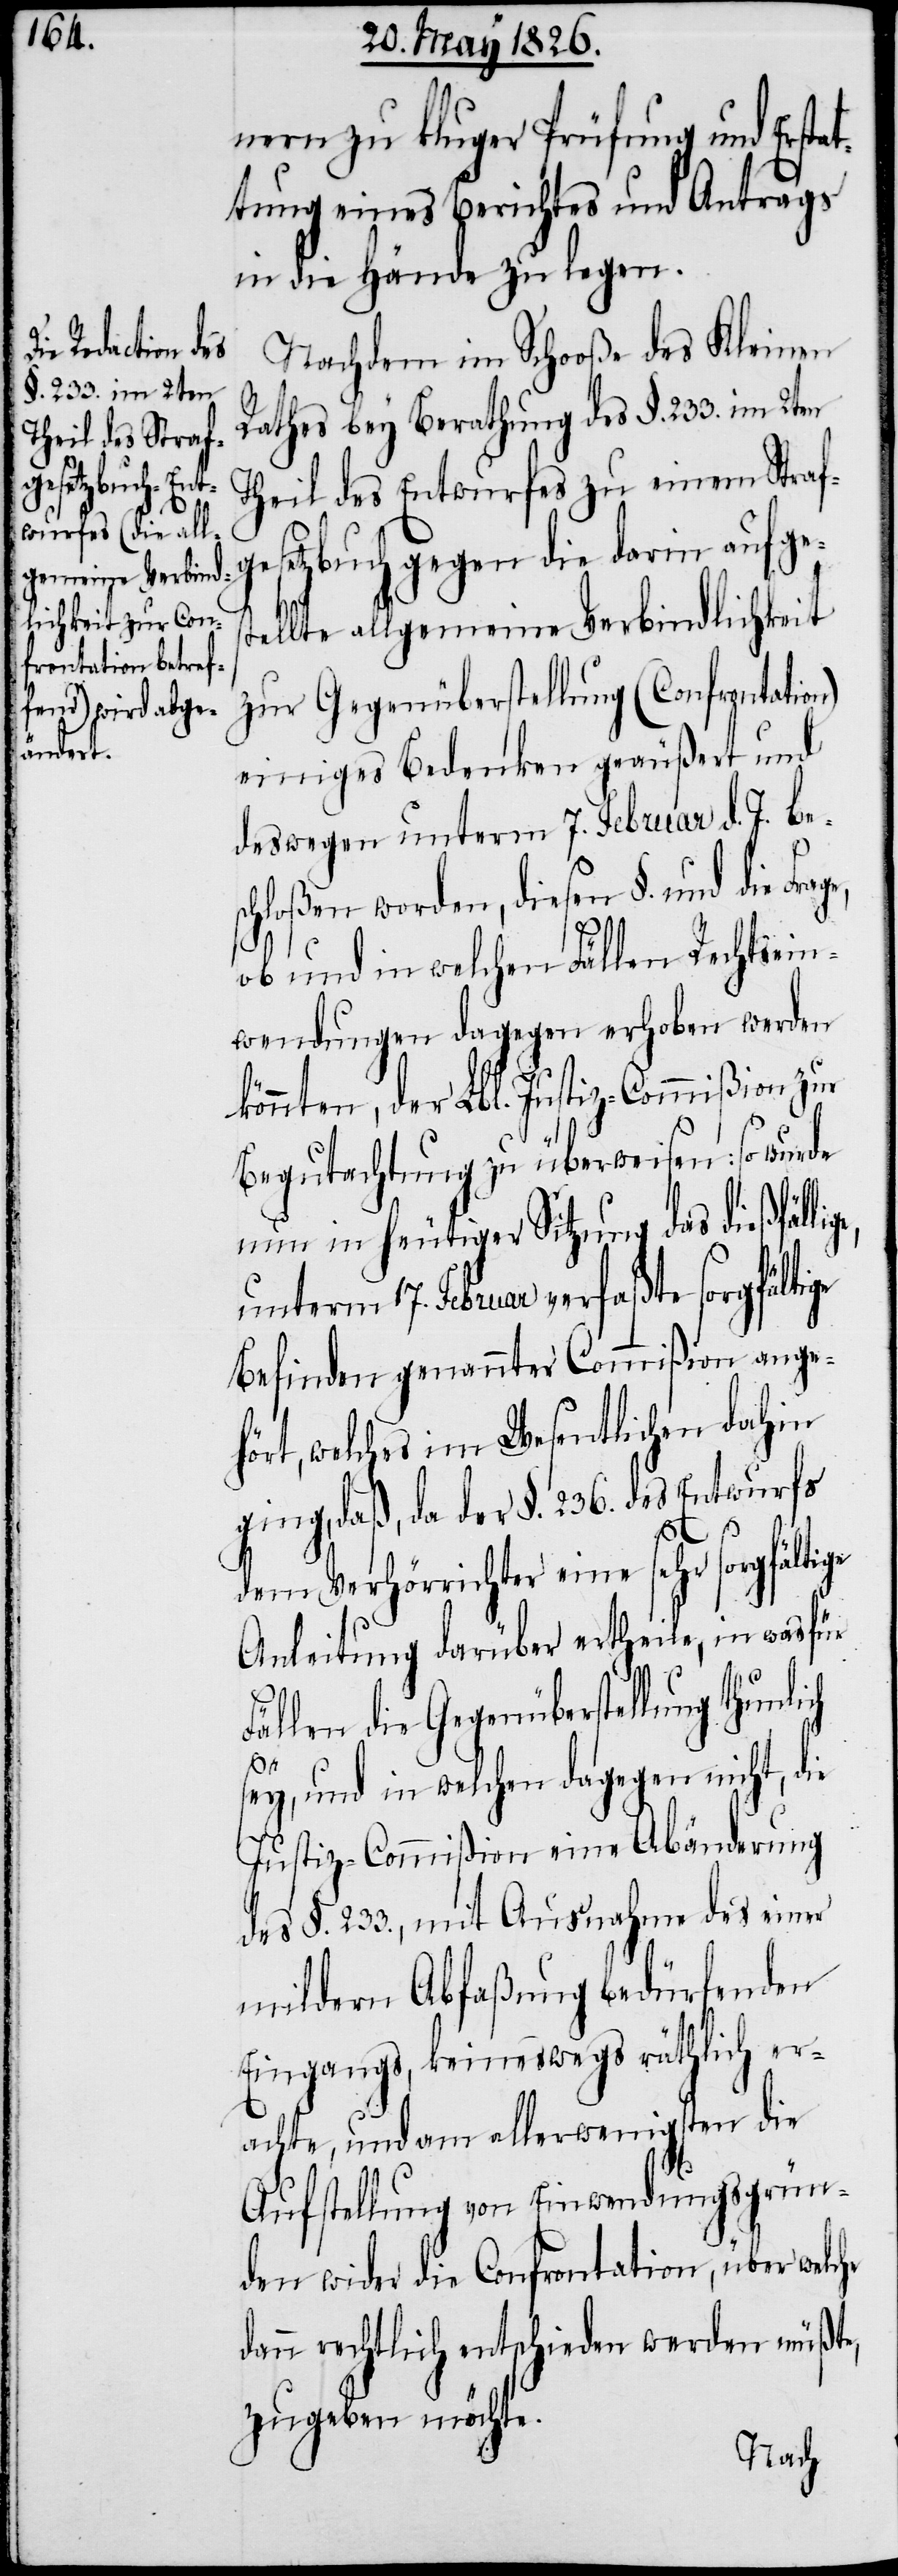
nern zu kluger Prüfung und Ersta¬
ttung eines Berichtes und Antrags
in die Hände zu legen.
Nachdem im Schooße des Kleinen
Rathes bey Berathung des §. 233. im 2ten
Theil des Entwurfes zu einem Straf¬
gesetzbuch gegen die darin aufges¬
tellte allgemeine Verbindlichkeit
zur Gegenüberstellung (Confrontation)
einiges Bedenken geäußert und
deswegen unterm 7. Februar d. J. bes¬
chloßen worden, diesen §. und die Fra¬
ge,
ob und in welchen Fällen Rechtsein¬
wendungen dagegen erhoben werden
könnten, der Lbl. Justiz-Commißion zur
Begutachtung zu überweisen: so wurde
nun in heutiger Sitzung das dießfälli¬
unterm 17. Februar verfaßte sorgfältige
Befinden genannter Commißion ange¬
hört, welches im Wesentlichen dahin
dass, da der §. 236. des Entwurfs
ge,
dem Verhörrichter eine sehr sorgfältige
Anleitung darüber ertheile, in wasfür
Fällen die Gegenüberstellung thunli¬
ch
sey, und in welchen dagegen nicht, die
Justiz-Commißion eine Abänderung
des §. 233., mit Ausnahme des einer
mildern Abfaßung bedürfenden
Eingangs, keineswegs räthlich er¬
achte, und am allerwenigsten die
Aufstellung von Einwendungsgrün¬
den wider die Confrontation, über welche
dann rechtlich entschieden werden müßte,
zugeben möchte.